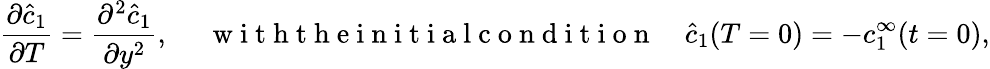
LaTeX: \frac{\partial\hat{c}_{1}}{\partial T}=\frac{\partial^{2}\hat{c}_{1}}{\partial y^{2}},~~~~~\mathrm{~w~i~t~h~t~h~e~i~n~i~t~i~a~l~c~o~n~d~i~t~i~o~n~}~~~~\hat{c}_{1}(T=0)=-c_{1}^{\infty}(t=0),